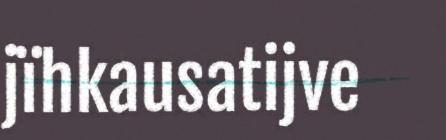
jïhkausatijve